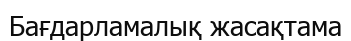
Бағдарламалық жасақтама